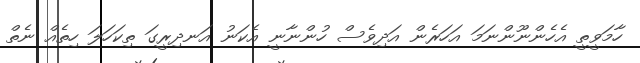
ހާމަވީތީ އެހެންނޫންނަމަ އަހަރެން އަދިވެސް ހުންނާނީ އެކަނު އަނދިރީގަ ތިކަހަލަ ހިތެއް ނެތް